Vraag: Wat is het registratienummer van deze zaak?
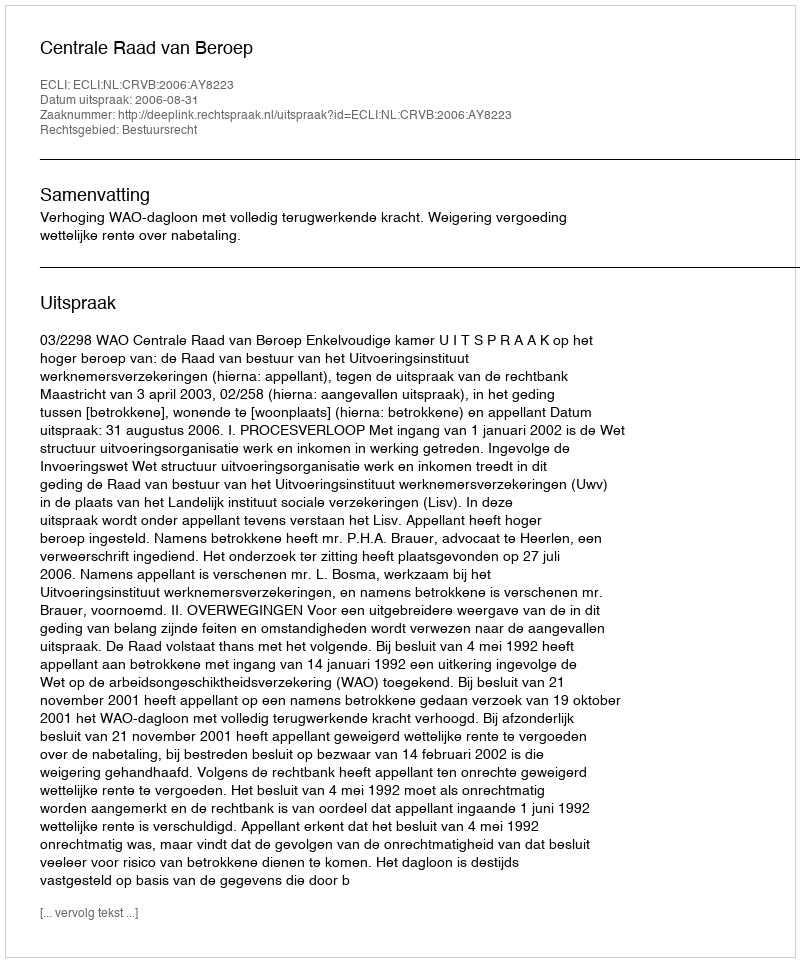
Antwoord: http://deeplink.rechtspraak.nl/uitspraak?id=ECLI:NL:CRVB:2006:AY8223